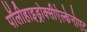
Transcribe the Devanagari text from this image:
पॉलीहाइड्रोक्सीऐल्केनोएट